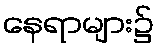
နေရာများ၌